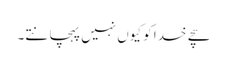
سچے خدا کو کیوں نہیں پہچانتے۔